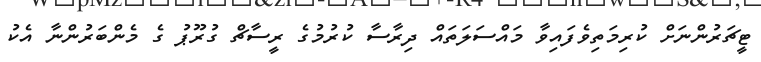
ޓީޗަރުންނަށް ކުރިމަތިވެފައިވާ މައްސަލަތައް ދިރާސާ ކުރުމުގެ ރީސާޗް ގުރޫޕު ގެ މެންބަރުންނާ އެކު